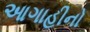
આગાહીનો